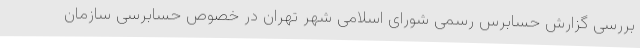
بررسی گزارش حسابرس رسمی شورای اسلامی شهر تهران در خصوص حسابرسی سازمان